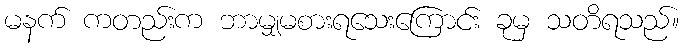
မနက် ကတည်းက ဘာမျှမစားရသေးကြောင်း ခုမှ သတိရသည်။